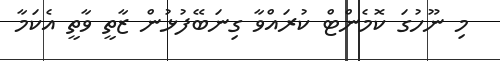
މި ނޫހުގަ ކޮމެންޓް ކުރައްވާ ގިނަބޭފުޅުން ޒާތީ ވާތީ އެކަމާ